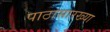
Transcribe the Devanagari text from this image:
पाठासारख्या